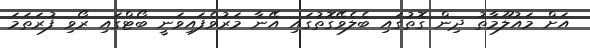
އަށް މައުލޫމާތު ދިން ގޮތުގައި ބެލެވޭގޮތުގައި އޭނާ މަރުވެފައިވަނީ ބޯޓްގައި ރޯވި ފުރަތަމަ